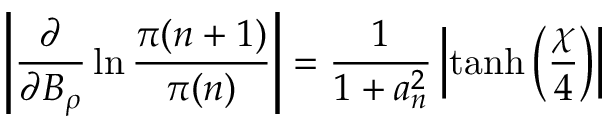
\left| \frac { \partial } { \partial B _ { \rho } } \ln \frac { \pi ( n + 1 ) } { \pi ( n ) } \right| = \frac { 1 } { 1 + a _ { n } ^ { 2 } } \left| \operatorname { t a n h } \left( \frac { \chi } { 4 } \right) \right|